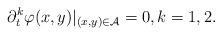
LaTeX: \begin{align*}\partial_t^k\varphi(x,y)|_{(x,y)\in\mathcal{A}}=0,k=1,2.\end{align*}